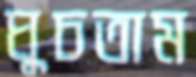
ঘুচতাম